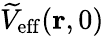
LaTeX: \widetilde{V}_{\mathrm{eff}}(\mathbf{r},0)